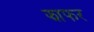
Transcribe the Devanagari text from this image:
झाफर